Scottish Leaving Certificate Examination, 1959
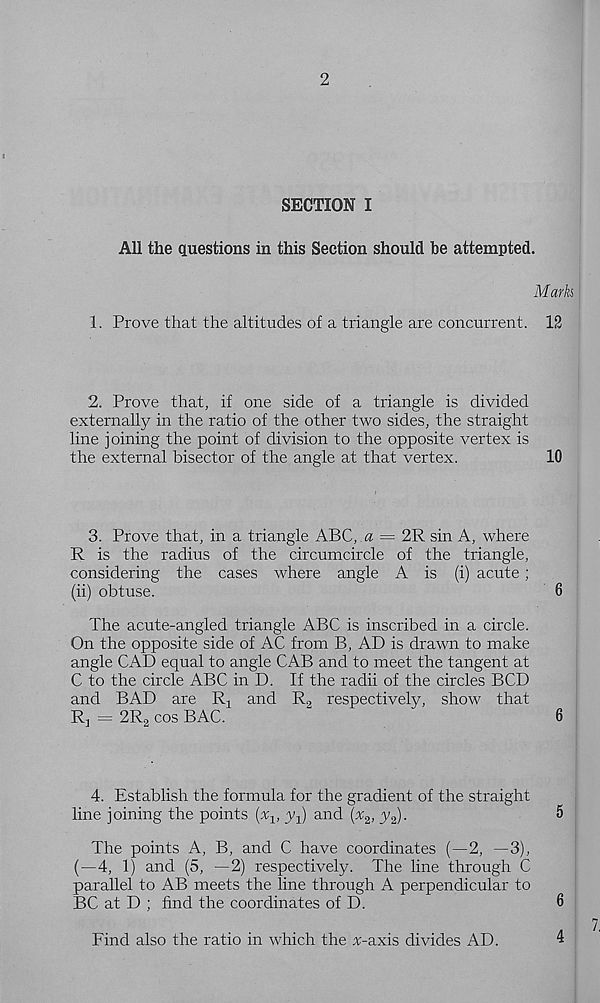
2
SECTION I
All the questions in this Section should be attempted.
Mark
1. Prove that the altitudes of a triangle are concurrent. 12
2. Prove that, if one side of a triangle is divided
externally in the ratio of the other two sides, the straight
line joining the point of division to the opposite vertex is
the external bisector of the angle at that vertex.
10
3. Prove that, in a triangle ABC, a = 2R sin A, where
R is the radius of the circumcircle of the triangle,
considering the cases where angle A is (i) acute;
(ii) obtuse.
6
The acute-angled triangle ABC is inscribed in a circle.
On the opposite side of AC from B, AD is drawn to make
angle CAD equal to angle CAB and to meet the tangent at
C to the circle ABC in D. If the radii of the circles BCD
and BAD are Rj and R 2 respectively, show that
R 3 - 2R 2 cos BAC.
6
4. Establish the formula for the gradient of the straight
line joining the points (%, y^) and {x 2 , y 2 ).
5
The points A, B, and C have coordinates (—2, —3),
(—4, 1) and (5, —2) respectively. The line through C
parallel to AB meets the line through A perpendicular to
BC at D ; find the coordinates of D.
6
Find also the ratio in which the ^-axis divides AD.
4